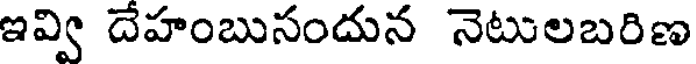
ఇవ్వి దేహంబుసందున నెటులబరిణ